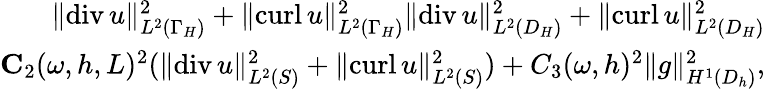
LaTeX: \begin{array}{r}{\| \mathrm{div}\, u\| _{L^{2}(\Gamma_{H})}^{2}+\| \mathrm{curl}\, u\| _{L^{2}(\Gamma_{H})}^{2}\le\| \mathrm{div}\, u\| _{L^{2}(D_{H})}^{2}+\| \mathrm{curl}\, u\| _{L^{2}(D_{H})}^{2}}\\ {\le C_{2}(\omega,h,L)^{2}(\| \mathrm{div}\, u\| _{L^{2}(S)}^{2}+\| \mathrm{curl}\, u\| _{L^{2}(S)}^{2})+C_{3}(\omega,h)^{2}\| g\| _{H^{1}(D_{h})}^{2},}\end{array}